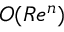
O ( R e ^ { n } )